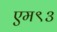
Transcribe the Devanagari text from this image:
एम९३